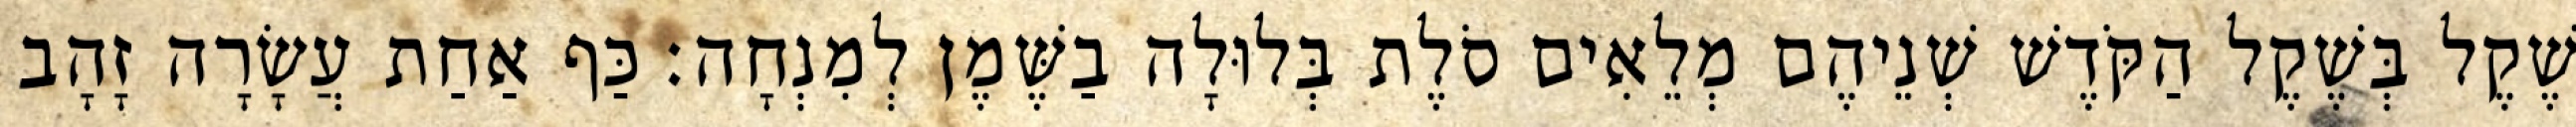
שֶׁקֶל בְּשֶׁקֶל הַקֹּדֶשׁ שְׁנֵיהֶם מְלֵאִים סֹלֶת בְּלוּלָה בַשֶּׁמֶן לְמִנְחָה׃ כַּף אַחַת עֲשָׂרָה זָהָב